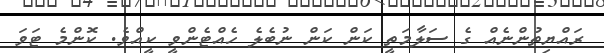
ރައްޔިތުންނެއް ގެ ސަލާމަތީ ކަން ކަން ނުބެލެ ހެއްޓެންވީ ކީއްވެ. ކޮންމެ ޓަވަ